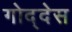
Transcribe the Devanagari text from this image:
गोद्देस